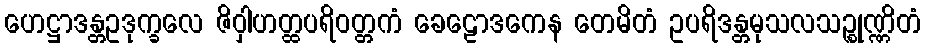
ဟေဋ္ဌာဒန္တဥဒုက္ခလေ ဇိဝှါဟတ္ထပရိဝတ္တကံ ခေဠောဒကေန တေမိတံ ဥပရိဒန္တမုသလသဉ္စုဏ္ဏိတံ